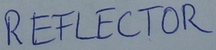
Text: REFLECTOR